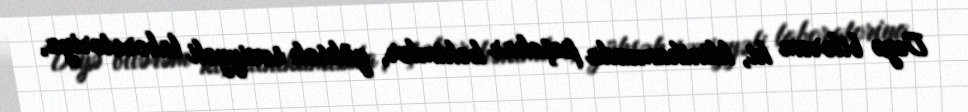
Deyə bilərəm ki, klinikamızda peşəkar həkimlər, yüksək səviyyəli laboratoriya,